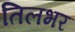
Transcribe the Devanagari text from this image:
तिलभर